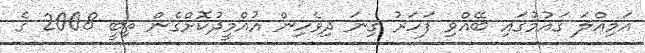
އަމިއްލަ ގައުމުގައި ބޭއްވި ފަހަރު ގިނަ ދިވެހިން އުއްމީދުކޮށްގެން ތިބީ 2008 ގެ